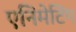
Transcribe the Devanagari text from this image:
एनिमेटिंग